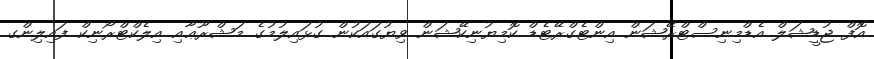
އޮފް ޖުޑީޝަލް އެޑްމިނިސްޓްރޭޝަން އިންޓެގްރޭޓެޑް ކޮމިޔުނިކޭޝަން ވިޔުގައަކުން ގުޅައިލުމުގެ މަޝްރޫޢާއި އިލެކްޓްރޯނިކް ފައިލިންގ